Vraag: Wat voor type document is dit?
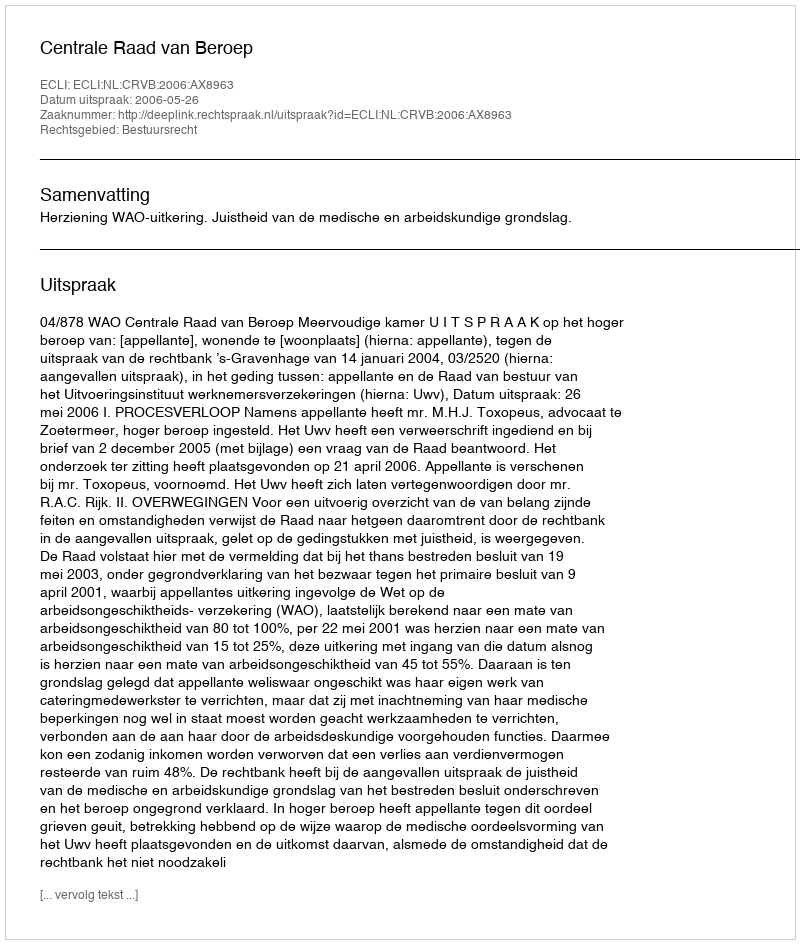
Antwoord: Uitspraak